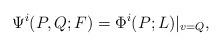
LaTeX: \begin{align*}\Psi^i(P,Q;F) = \Phi^i(P;L)|_{v=Q}, \end{align*}